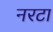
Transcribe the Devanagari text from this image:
नरटा